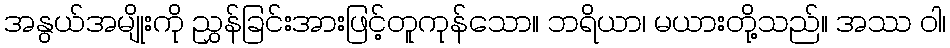
အနွယ်အမျိုးကို ညွှန်ခြင်းအားဖြင့်တူကုန်သော။ ဘရိယာ၊ မယားတို့သည်။ အဿ ဝါ၊